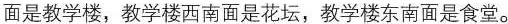
面是教学楼，教学楼西南面是花坛，教学楼东南面是食堂。